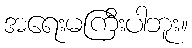
အရေးမကြီးပါဘူး။